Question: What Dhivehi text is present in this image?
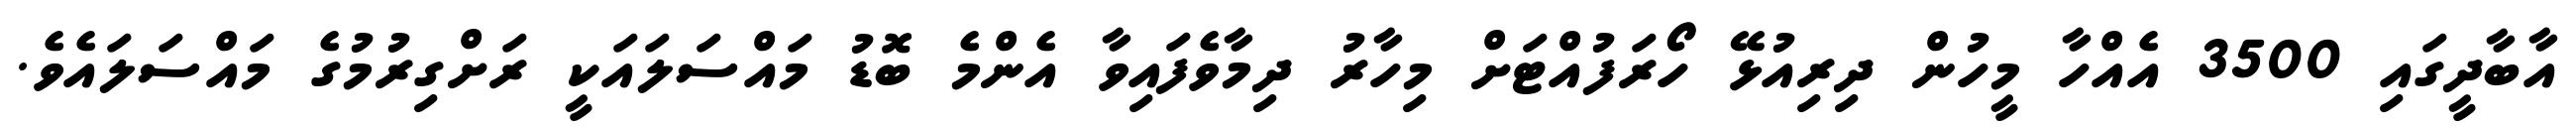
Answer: އާބާދީގައި 3500 އެއްހާ މީހުން ދިރިއުޅޭ ހޯރަފުއްޓަށް މިހާރު ދިމާވެފައިވާ އެންމެ ބޮޑު މައްސަލައަކީ ރަށްގިރުމުގެ މައްސަލައެވެ.